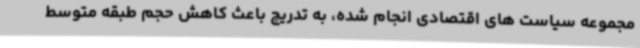
مجموعه سیاست های اقتصادی انجام شده، به تدریج باعث کاهش حجم طبقه متوسط